Punjab Mental Hospital Lahore 1932-46 - 1932-1946
Year: 1932
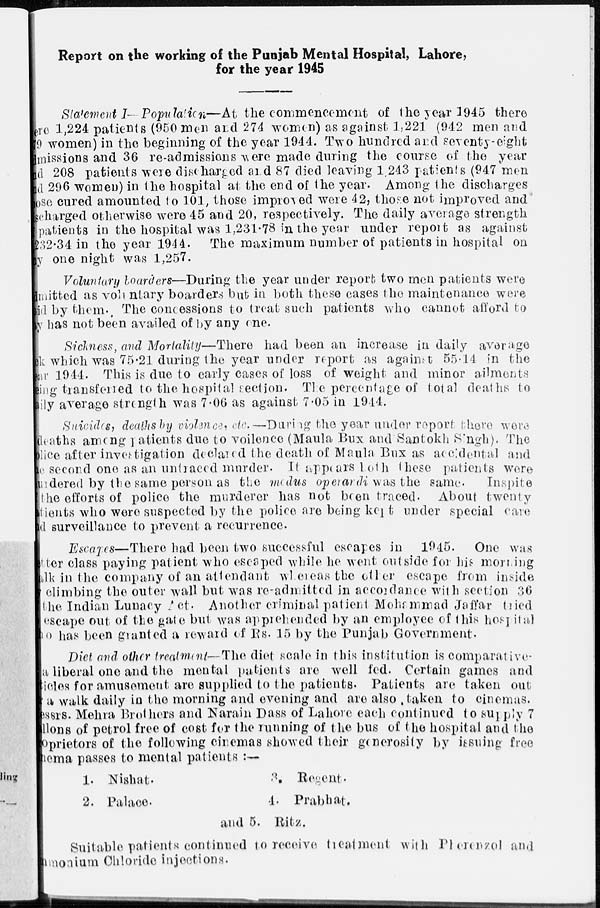
Report on the working of the Punjab Mental Hospital, Lahore,
for the year 1945
Statement I- Population—At the commencement of the year 1945 there
are 1,224 patients (950 men and 274 women) as against 1,221 (942 men and
9 women) in the beginning of the year 1944. Two hundred and seventy-eight
missions and 36 re-admissions were made during the course of the year
and 208 patients were discharged and 87 died leaving 1243 patients (947 men
and 296 women) in the hospital at the end of the year. Among the discharges
ose cured amounted to 101, those improved were 42, those not improved and
charged otherwise were 45 and 20, respectively. The daily average strength
patients in the hospital was 1,231.78 in the year under report as against
232.34 in the year 1944. The maximum number of patients in hospital on
y one night was 1,257.
Voluntary boarders—During the year under report two men patients were
admitted as voluntary boarders but in both these cases the maintenance were
id by them. The concessions to treat such patients who cannot afford to
y has not been availed of by any one.
Sickness, and Mortality—There had been an increase in daily average
sk which was 75.21 during the year under report as against 55.14 in the
sir 1944. This is due to early cases of loss of weight and minor ailments
ing transferred to the hospital section. The percentage of total deaths to
daily average strength was 7.06 as against 7.05 in 1944.
Suicides, deaths by violence, etc.—During the year under report there were
deaths among patients due to voilence (Maula Bux and Santokh Singh). The
lice after investigation declared the death of Maula Bux as accidental and
e second one as an untraced murder. It appears both these patients were
udered by the same person as the madus operardi was the same.
Inspite
the efforts of police the murderer has not been traced. About twenty
tients who were suspected by the police are being kept under special care
d surveillance to prevent a recurrence.
Escapes—There had been two successful escapes in 1945. One was
tter class paying patient who escaped while he went outside for his morning
walk in the company of an attendant whereas the other escape from inside
climbing the outer wall but was re-admitted in accordance with section 36
the Indian Lunacy Act. Another criminal patient Mohammad Jaffar tried
escape out of the gate but was apprehended by an employee of this hospital
to has been granted a reward of Rs. 15 by the Punjab Government.
Diet and other treatment—The diet scale in this institution is comparative¬
a liberal one and the mental patients are well fed. Certain games and
icles for amusement are supplied to the patients. Patients are taken out
a walk daily in the morning and evening and are also taken to cinemas.
messrs. Mehra Brothers and Narain Dass of Lahore each continued to supply 7
llons of petrol free of cost for the running of the bus of the hospital and the
proprietors of the following cinemas showed their generosity by issuing free
hema passes to mental patients :—
1.
2.
Nishat.
3.
Regent.
Palace.
4.
Prabhat.
and 5. Ritz.
Suitable patients continued to receive treatment with Pherenzol and
amonium Chloride injections.